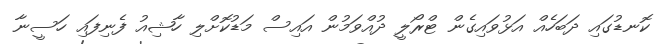
ކޮނޑުގައި ދަބަހެއް އަޅުވައިގެން ޓްރޯލީ ދުއްވަމުން އައިސް މަޑުކޮށްލި ހާޝިއު ފެނިފައި ހަސީނާ